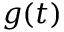
g ( t )